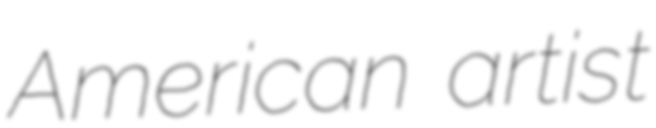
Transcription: American artist